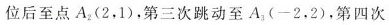
位后至点A_{2}(2，1)，第三次跳动至A_{3}(-2，2)，第四次